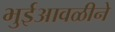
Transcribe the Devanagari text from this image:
भुईआवळीने